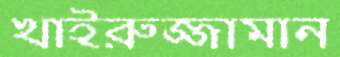
খাইরুজ্জামান